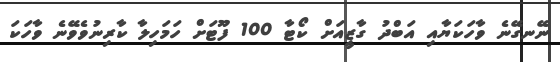
ނޭނގޭނެ ވާހަކަޔާއި އަބްދު ގާޒީއަށް ކޯޓާ 100 ފޫޓަށް ހަމަހިލާ ކާރިނުވެވޭނެ ވާހަކަ